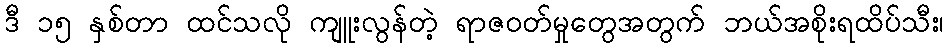
ဒီ ၁၅ နှစ်တာ ထင်သလို ကျူးလွန်တဲ့ ရာဇဝတ်မှုတွေအတွက် ဘယ်အစိုးရထိပ်သီး၊